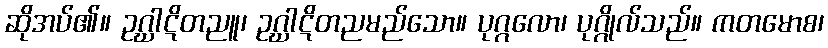
ဆိုအပ်၏။ ဥဂ္ဃာဋိတညူ၊ ဥဂ္ဃာဋိတညမည်သော။ ပုဂ္ဂလော၊ ပုဂ္ဂိုလ်သည်။ ကတမောစ၊